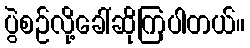
ပွဲစဉ်လို့ခေါ်ဆိုကြပါတယ်။